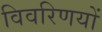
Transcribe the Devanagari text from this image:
विवरिणयों